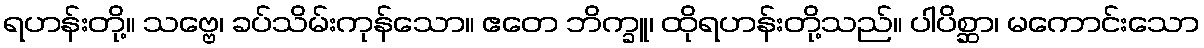
ရဟန်းတို့။ သဗ္ဗေ၊ ခပ်သိမ်းကုန်သော။ ဧတေ ဘိက္ခူ၊ ထိုရဟန်းတို့သည်။ ပါပိစ္ဆာ၊ မကောင်းသော